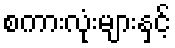
စကားလုံးများနှင့်